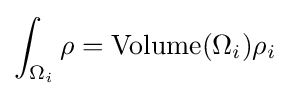
\int _{\Omega _{i}}\rho ={\text{Volume}}(\Omega _{i})\rho _{i}